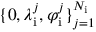
\{ 0 , \lambda _ { \mathrm { i } } ^ { j } , \varphi _ { \mathrm { i } } ^ { j } \} _ { j = 1 } ^ { N _ { \mathrm { i } } }